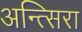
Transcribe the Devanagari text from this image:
अन्त्सिरा